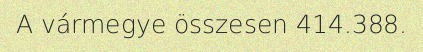
A vármegye összesen 414.388.